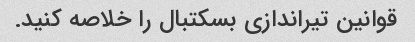
قوانین تیراندازی بسکتبال را خلاصه کنید.